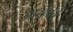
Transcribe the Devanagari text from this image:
नासुप्रचे